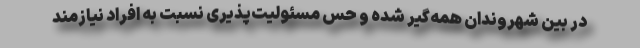
در بین شهروندان همه‌گیر شده و حس مسئولیت‌پذیری نسبت به افراد نیازمند